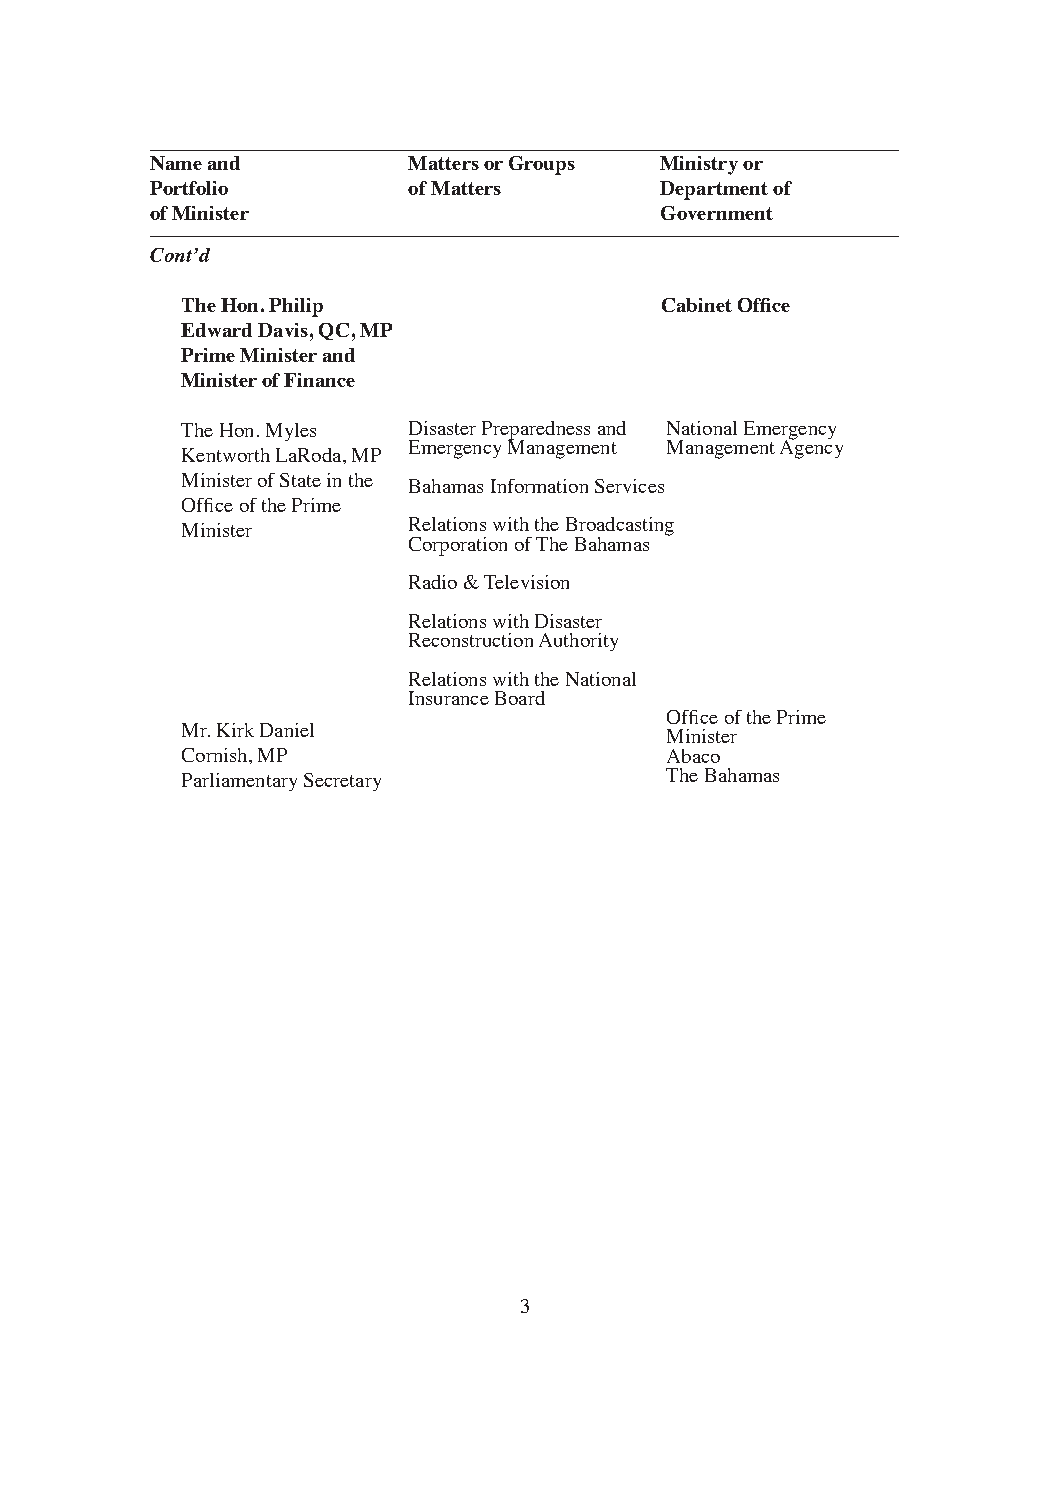
Name and         Matters or Groups Ministry or
 Portfolio        of Matters       Department of
 of Minister                       Government
 Cont’d
 The Hon. Philip                 Cabinet Office
 Edward Davis, QC, MP
 Prime Minister and
 Minister of Finance
 The Hon. Myles Disaster Preparedness and National Emergency
 Emergency Management Management Agency
 Kentworth LaRoda, MP
 Minister of State in the Bahamas Information Services
 Office of the Prime
 Minister       Relations with the Broadcasting
 Corporation of The Bahamas
 Radio & Television
 Relations with Disaster
 Reconstruction Authority
 Relations with the National
 Insurance Board
 Office of the Prime
 Mr. Kirk Daniel                 Minister
 Cornish, MP                     Abaco
 Parliamentary Secretary         The Bahamas
 3